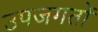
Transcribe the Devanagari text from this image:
उपजगतों